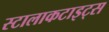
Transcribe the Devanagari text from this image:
स्टालाकटाइट्स